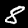
Label: 8